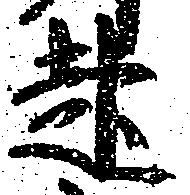
起